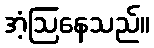
အံ့ဩနေသည်။